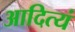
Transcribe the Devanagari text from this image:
आदित्यं